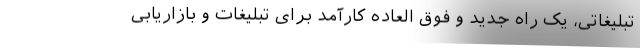
تبلیغاتی، یک راه جدید و فوق العاده کارآمد برای تبلیغات و بازاریابی